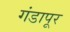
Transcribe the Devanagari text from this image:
गंडापूर